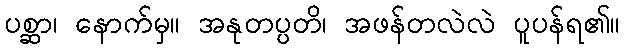
ပစ္ဆာ၊ နောက်မှ။ အနုတပ္ပတိ၊ အဖန်တလဲလဲ ပူပန်ရ၏။